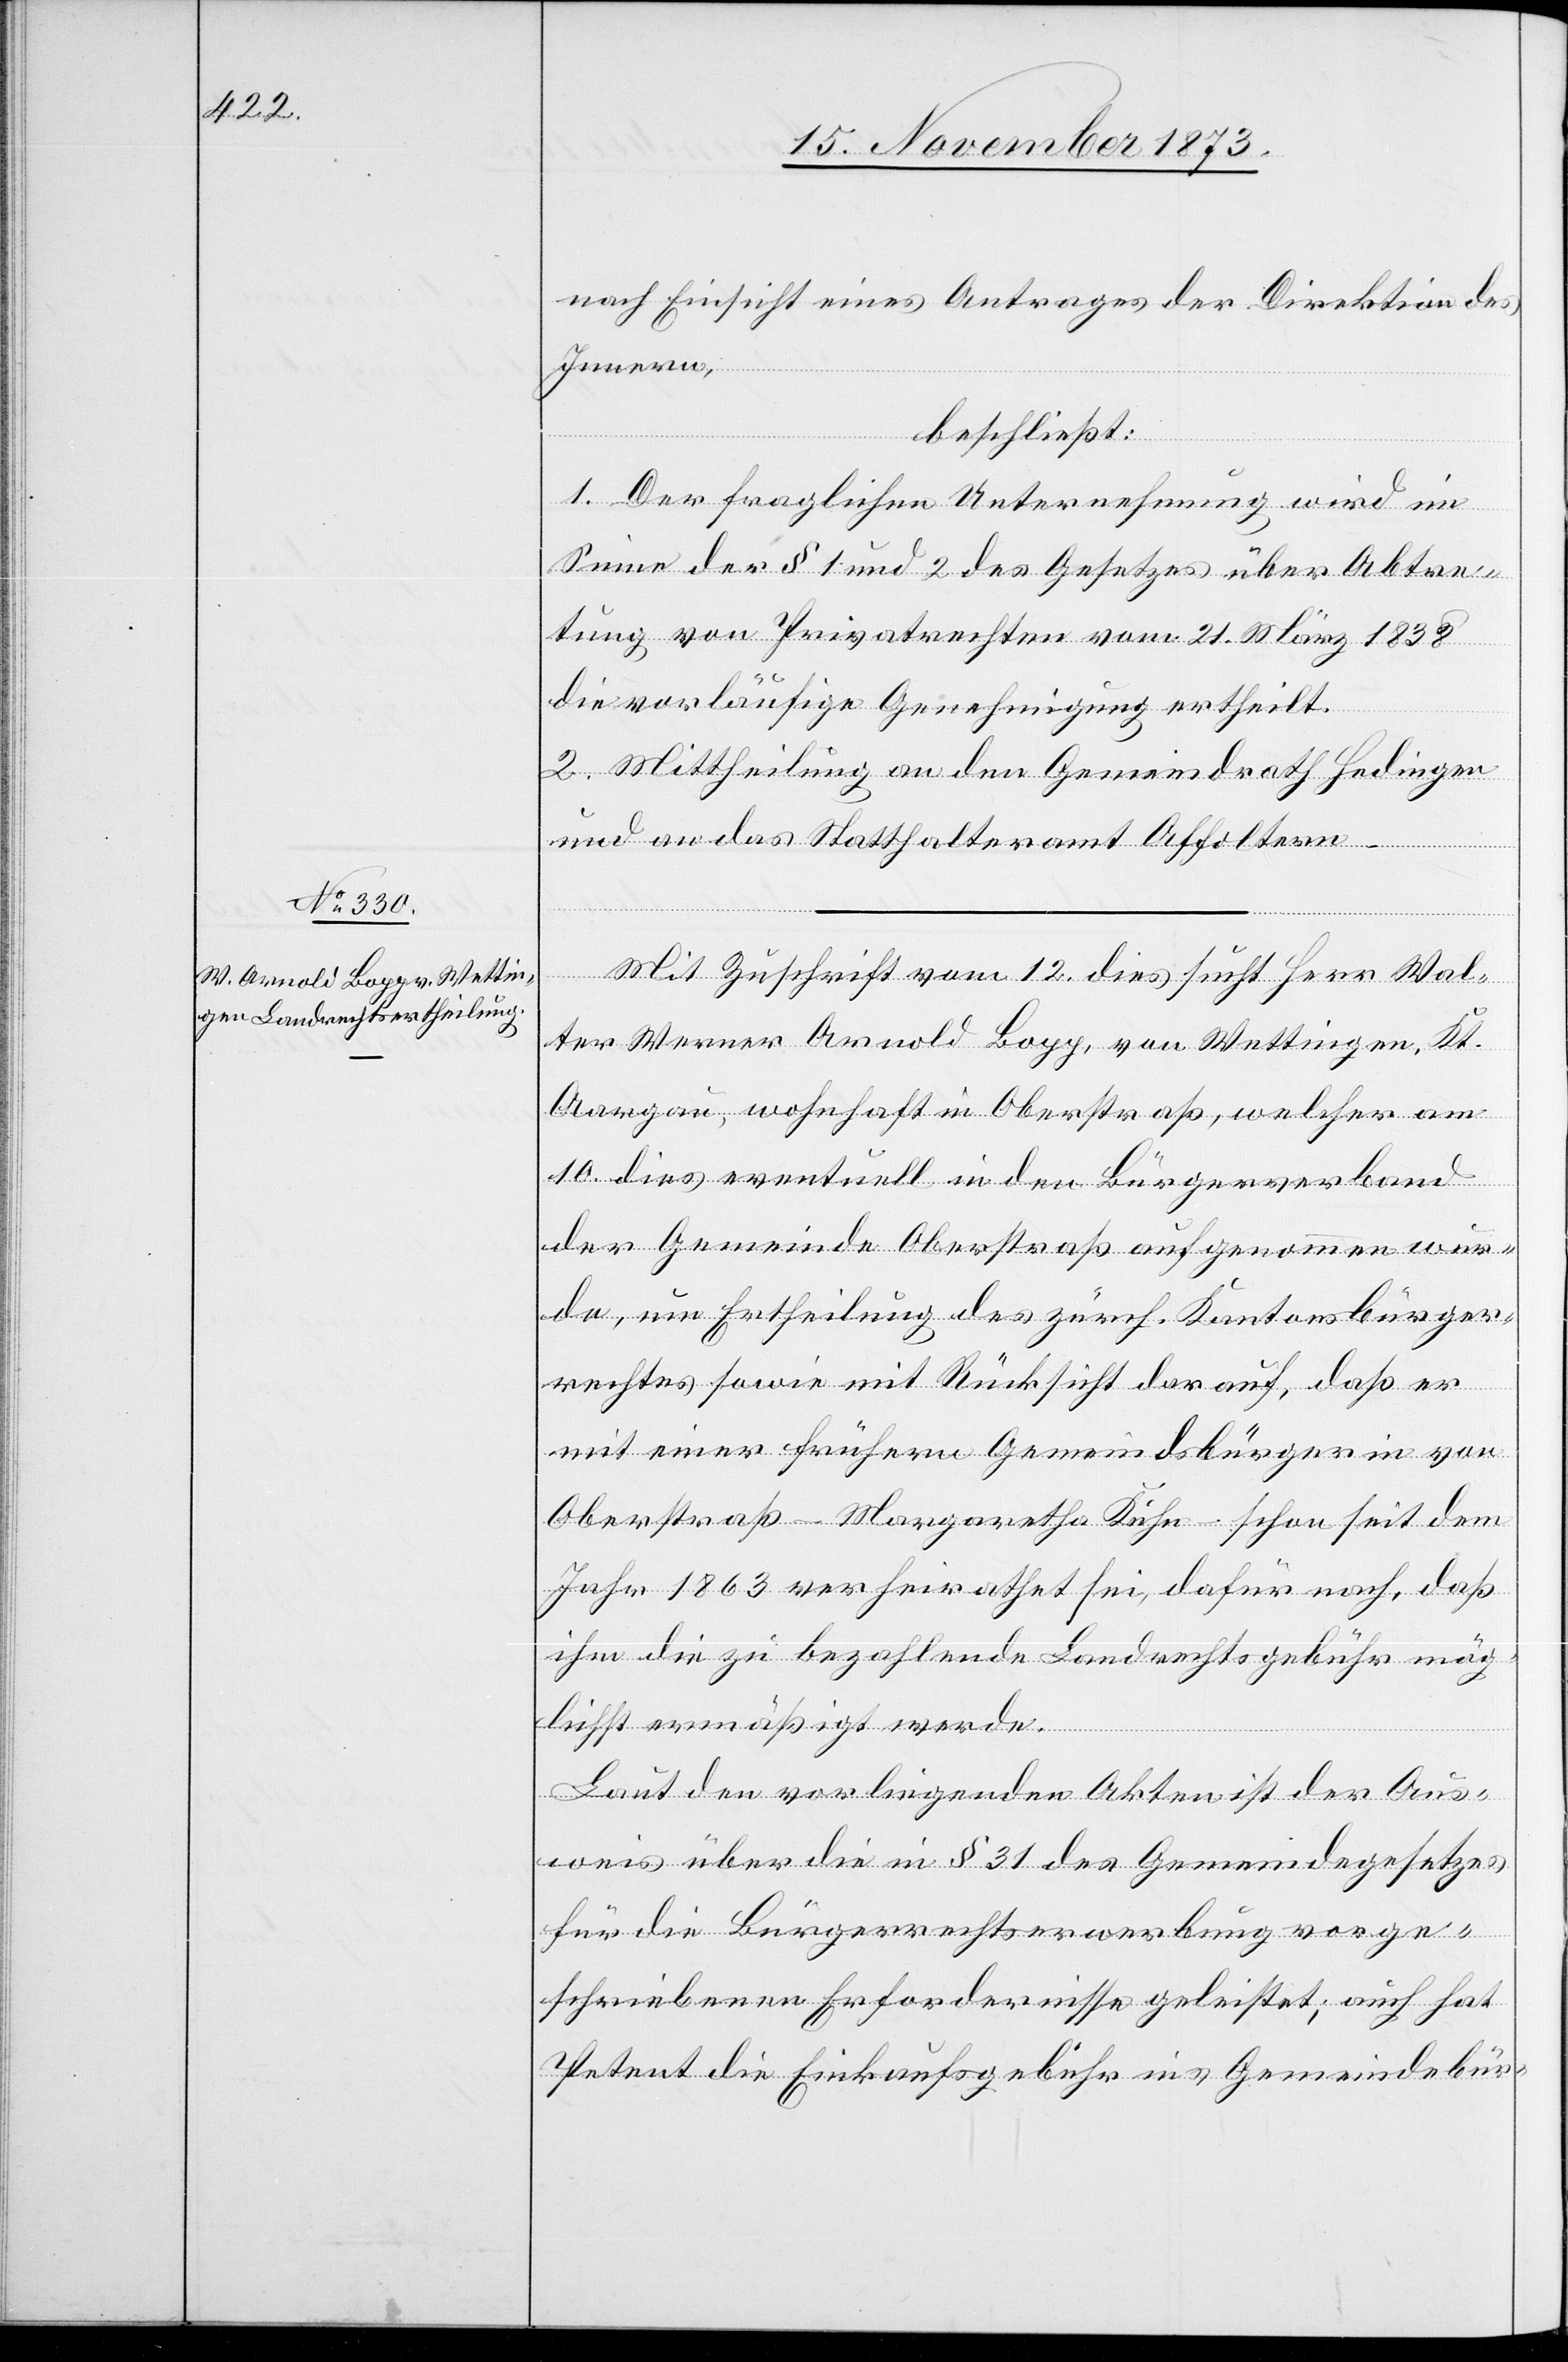
nach Einsicht eines Antrages der Direktion des
Innern,
beschließt:
1. Der fraglichen Unternehmung wird im
Sinne der § 1 und 2 des Gesetzes über Abtre¬
tung von Privatrechten vom 21. März 1838
die vorläufige Genehmigung ertheilt.
2. Mittheilung an den Gemeindrath Hedingen
und an das Statthalteramt Affoltern.
Mit Zuschrift vom 12. dies sucht Herr Wal¬
ter Werner Arnold Bopp, von Wettingen, Kt.
Aargau, wohnhaft in Oberstraß, welcher am
10. dies eventuell in den Bürgerverband
der Gemeinde Oberstraß aufgenommen wur¬
de, um Ertheilung des zürch. Kantonsbürger¬
rechtes sowie mit Rücksicht darauf, daß er
mit einer frühern Gemeindsbürgerin von
Oberstraß – Margaretha Kuhn – schon seit dem
Jahr 1863 verheirathet sei, dafür nach, daß
ihm die zu bezahlende Landrechtsgebühr mög¬
lichst ermäßigt werde.
Laut den vorliegenden Akten ist der Aus¬
weis über die in § 31 des Gemeindegesetzes
für die Bürgerrechtserwerbung vorge¬
schriebenen Erfordernisse geleistet; auch hat
Petent die Einkaufsgebühr ins Gemeindebür-